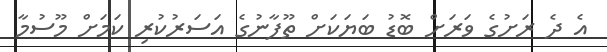
އެ ދެ ރަށުގެ ވަރަށް ބޮޑު ބަޔަކަށް ތޫފާނުގެ އަސަރުކުރި ކަމަށް މޫސުމާ